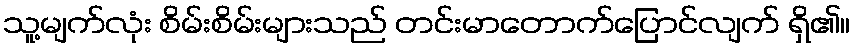
သူ့မျက်လုံး စိမ်းစိမ်းများသည် တင်းမာတောက်ပြောင်လျက် ရှိ၏။